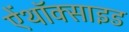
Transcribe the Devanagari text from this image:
ऐंथॉक्साइड